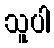
သူပါ